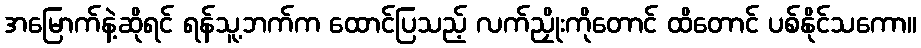
အမြောက်နဲ့ဆိုရင် ရန်သူ့ဘက်က ထောင်ပြသည့် လက်ညှိုးကိုတောင် ထိတောင် ပစ်နိုင်သကော။